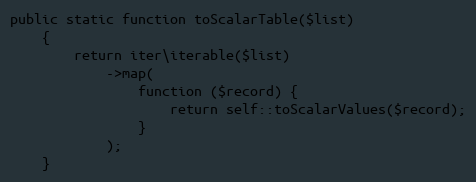
Language: PHP
public static function toScalarTable($list)
    {
        return iter\iterable($list)
            ->map(
                function ($record) {
                    return self::toScalarValues($record);
                }
            );
    }